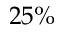
2 5 \%